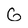
Character: G